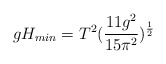
\begin{align*}g H_{min} = T^2 (\frac{11 g^2}{15 \pi^2})^{\frac{1}{2}}\end{align*}